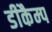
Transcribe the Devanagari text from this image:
डीकैम्प